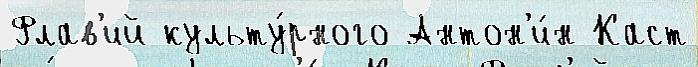
Флав'ий культу́рного Антон'и́н Каст